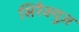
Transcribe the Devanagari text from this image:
सिरैक्युज़